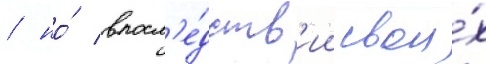
/ но́ впосл'е́дств'ии свои́х